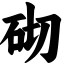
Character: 砌